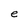
Character: e